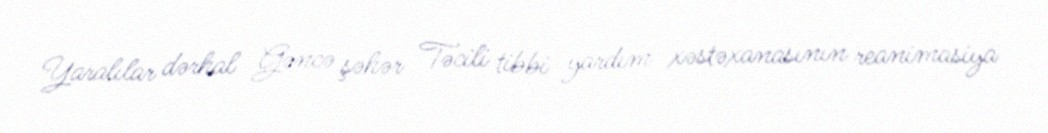
Yaralılar dərhal Gəncə şəhər Təcili tibbi yardım xəstəxanasının reanimasiya